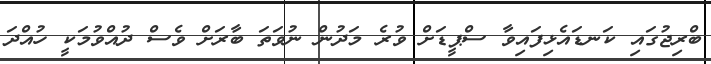
ބްރިޖުގައި ކަނޑައެޅިފައިވާ ސްޕީޑަށް ވުރެ މަދުން ނުވަތަ ބާރަށް ވެސް ދުއްވުމަކީ ހުއްދަ